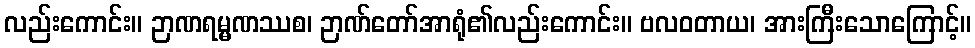
လည်းကောင်း။ ဉာဏရမ္မဏဿစ၊ ဉာဏ်တော်အာရုံ၏လည်းကောင်း။ ဗလဝတာယ၊ အားကြီးသောကြောင့်။